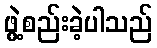
ဖွဲ့စည်းခဲ့ပါသည်